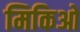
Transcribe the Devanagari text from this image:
मिकिओ